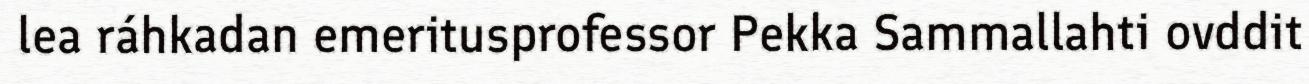
lea ráhkadan emeritusprofessor Pekka Sammallahti ovddit